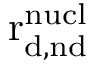
\mathrm { r _ { d , n d } ^ { n u c l } }